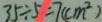
3 5 \div 5 = 7 ( c m ^ { 2 } )